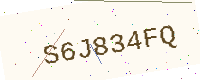
Text: S6J834FQ